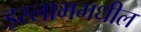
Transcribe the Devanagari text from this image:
इस्लाममधील